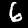
Digit: 6